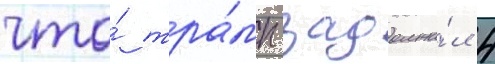
что́ тра́мп задолжа́л 4